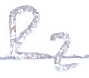
Text: R2